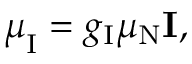
{ \boldsymbol { \mu } } _ { \mathrm { I } } = g _ { \mathrm { I } } \mu _ { \mathrm { N } } \mathbf { I } ,